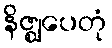
နိဇ္ဈပေတုံ